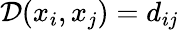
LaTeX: \mathcal{D}(x_{i},x_{j})=d_{ij}